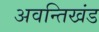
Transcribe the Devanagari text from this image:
अवन्तिखंड